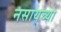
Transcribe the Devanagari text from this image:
नसायच्या